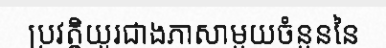
ប្រវត្តិយូរជាងភាសាមួយចំនួននៃ